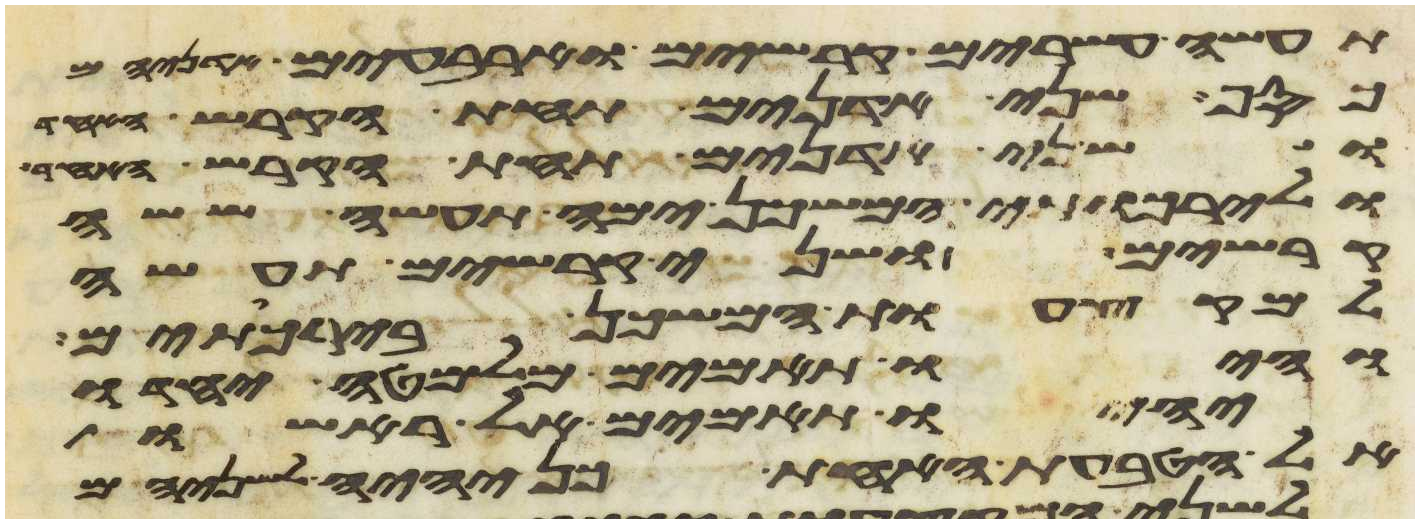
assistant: תעשה עשרים קרשים וארבעים
כסף שני אדנים תחת הקרש האחד
ושני אדנים תחת הקרש האחד
ולירכתי המשכן ימה תעשה ששה
קרשים ושני קרשים תעשה
למקצעות המשכן בירכתים
והיו תאמים מלמטה יחדו
יהיו תאמים אל ראשו
אל הטבעת האחת כן יהיה לשניהם